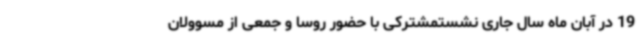
19 در آبان ماه سال جاری نشستمشترکی با حضور روسا و جمعی از مسوولان